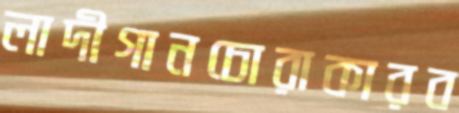
লাদীগানচোরাকারব